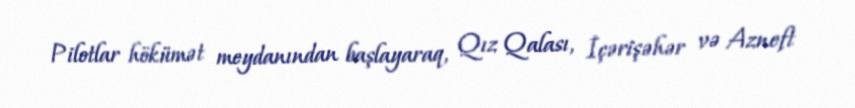
Pilotlar hökümət meydanından başlayaraq, Qız Qalası, İçərişəhər və Azneft